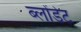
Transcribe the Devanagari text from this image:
ब्लोंडेट